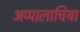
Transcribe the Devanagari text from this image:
अप्पालाचिया